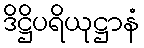
ဒိဋ္ဌိပရိယုဋ္ဌာနံ